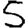
Digit: 5